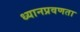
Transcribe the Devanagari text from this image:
ध्यानप्रवणता